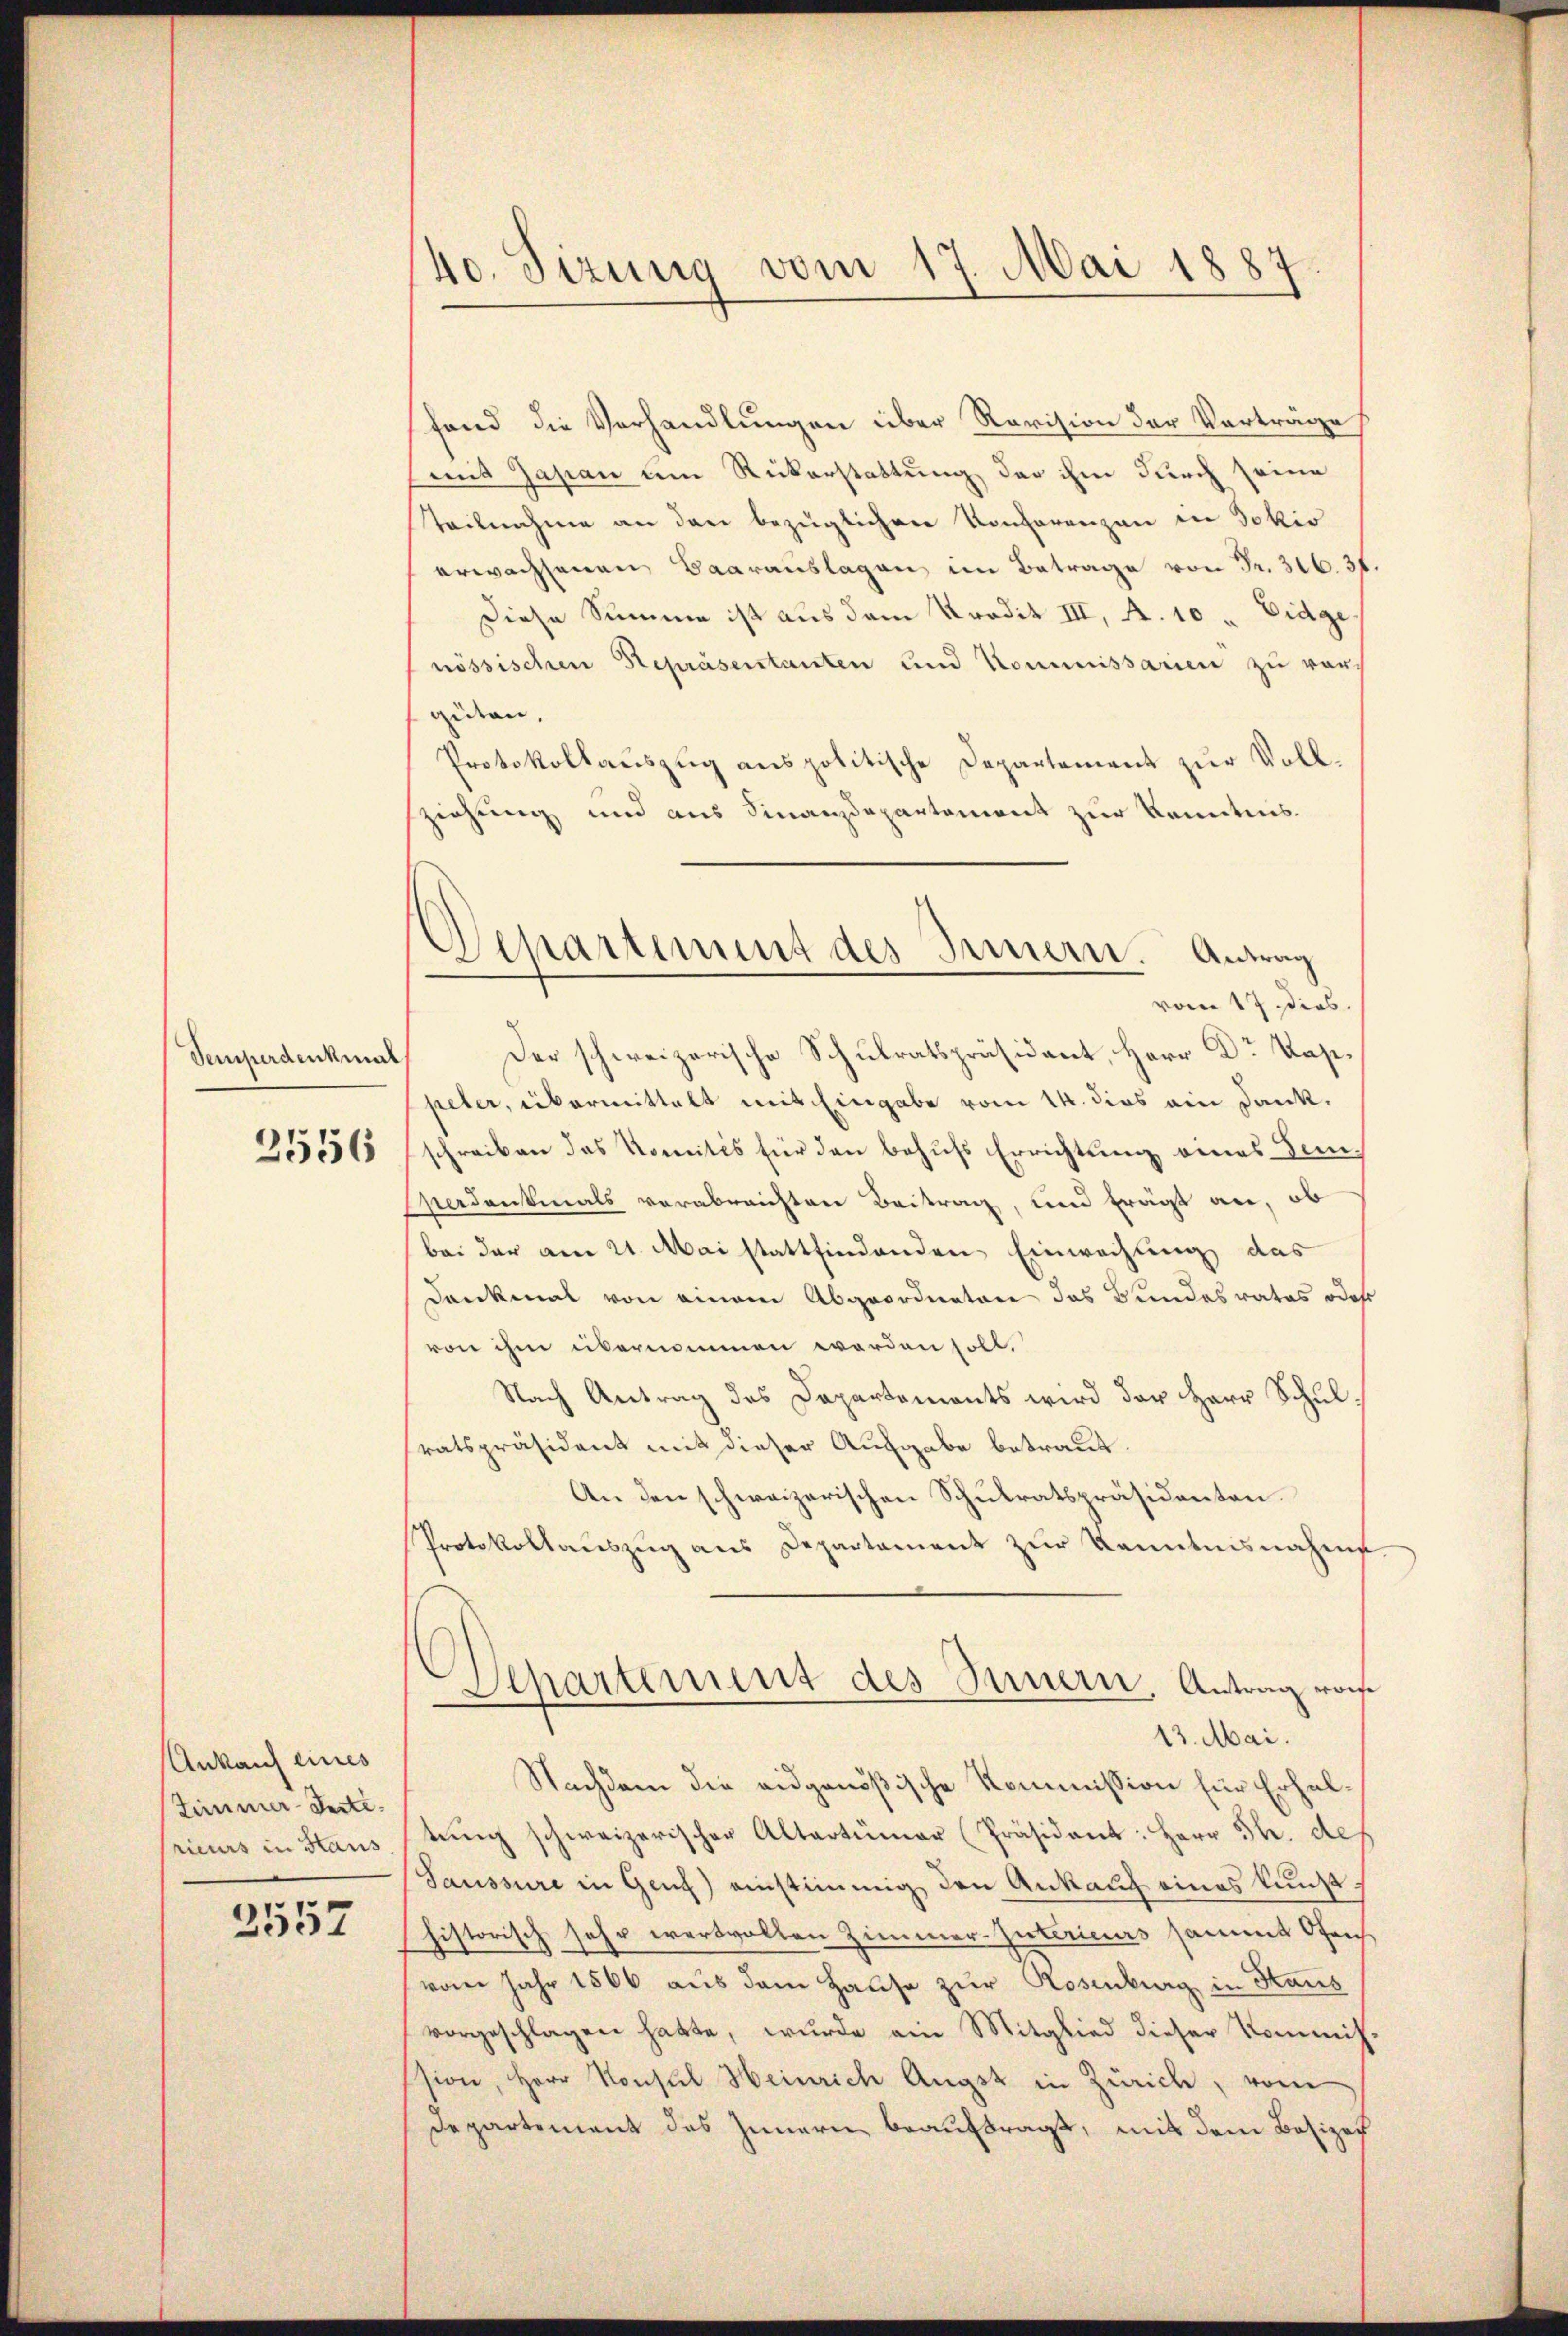
Semperdenkmal
3556

Ankauf eines
Zimmer-Sectirieurs in Haus

2557

40. Sizung vom 17. Mai 1887.

fand die Verhandlungen über Revision der Vorträge
mit Zasian um Rückerstattung der ihm durch seine
teilnahme an den bezüglichen Konferenzen in Jokio
erwachsenen Baarauslagen im Betrage von Fr. 316. 31
Diese Summe ist aus dem Predit III, A. 10 " Eidgenössischen Repräsentanten und Kommissarien zu vor,
gidern,
Protokollauszug aus politische Departement zur Vollsziehung und aus Finanzdepartement zur Kenntnis¬
Der schweizerische Schulratspräsident, Herr Dr Kaspeter, übermittelt mit Eingabe vom 14. dies ein Dank.
schreiben das Komités für den behufs Errichtung eines Tem¬
Verdankmals verabreichten Beitrag, und frägt an, ob
bei der am 21. Mai stattfindenden Einwachung das
Dankmal von einem Abgeordneten das Bundesrates oder
von ihm übernommen worden soll.
Nach Antrag des Departements wird der Herr Schulsratspräsident mit dieser Aufgabe betraut.
An den schweizerischen Schulratspräsidenten.
Protokollauszug aus Departament zur Kenntnisnahme
Separtement des Innern, Antrag vom
13. Mai.
Nachdem die eidgenößische Kommission für Erhaltŭng schweizerischer Altertümer (Präsident: Herr Th. def
Saussure in Genf) einstimmig, den Ankauf eines kunsthistorisch sehr wertvollen Zimmer-Interius sammt Ofensvom Jahr 1566 aus dem Hause zur Rosenburg in Haus
vorgeschlagen hatte, wurde ein Mitglied dieser Kommis-
ssion, Herr Konsul Heinrich Augst in Zürich, vom
Departement des Innern beauftragt, mit dem Besizer

Departement des Innern. Antrag
vom 17 dies